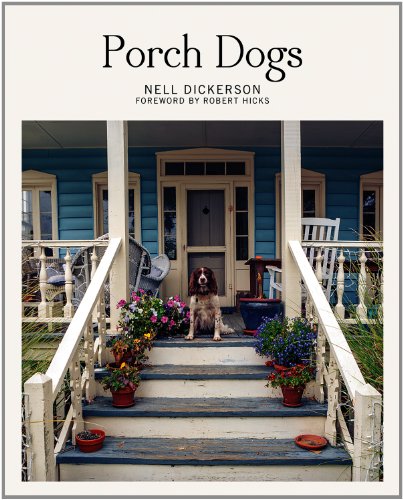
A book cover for Porch Dogs; Nell Dickerson; Arts & Photography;